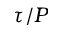
\tau / P